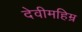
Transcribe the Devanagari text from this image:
देवीमहिम्र